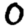
Digit: 0